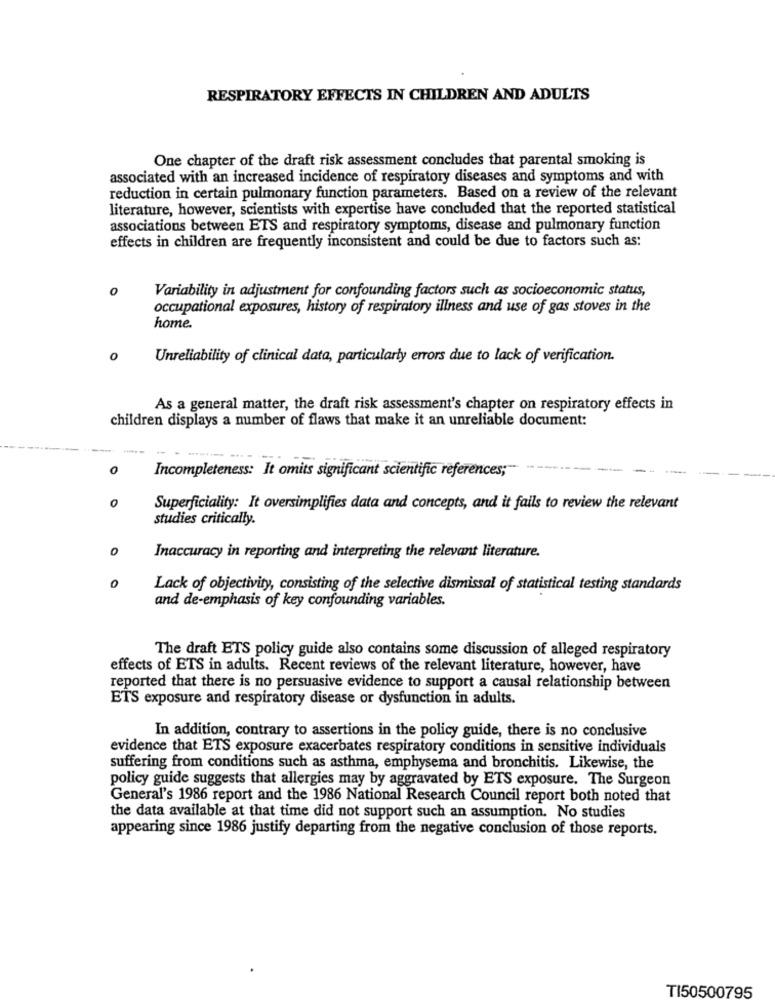
RESPIRATORY EFFECTS IN CHILDREN AND ADULTS
One chapter of the draft risk assessment concludes that parental smoking is
associated with an increased incidence of respiratory diseases and symptoms and with
reduction in certain pulmonary function parameters. Based on a review of the relevant
literature, however, scientists with expertise have concluded that the reported statistical
associations between ETS and respiratory symptoms, disease and pulmonary function
effects in children are frequently inconsistent and could be due to factors such as:
0
Variability in adjustment for confounding factors such as socioeconomic status,
occupational exposures, history of respiratory illness and use of gas stoves in the
home.
0
Unreliability of clinical data, particularly errors due to lack of verification.
As a general matter, the draft risk assessment's chapter on respiratory effects in
children displays a number of flaws that make it an unreliable document:
0
Incompleteness: It omits significant scientific references;
0
Superficiality: It oversimplifies data and concepts, and it fails to review the relevant
studies critically.
0
Inaccuracy in reporting and interpreting the relevant literature.
0
Lack of objectivity, consisting of the selective dismissal of statistical testing standards
and de-emphasis of key confounding variables.
The draft ETS policy guide also contains some discussion of alleged respiratory
effects of ETS in adults. Recent reviews of the relevant literature, however, have
reported that there is no persuasive evidence to support a causal relationship between
ETS exposure and respiratory disease or dysfunction in adults.
In addition, contrary to assertions in the policy guide, there is no conclusive
evidence that ETS exposure exacerbates respiratory conditions in sensitive individuals
suffering from conditions such as asthma, emphysema and bronchitis. Likewise, the
policy guide suggests that allergies may by aggravated by ETS exposure. The Surgeon
General's 1986 report and the 1986 National Research Council report both noted that
the data available at that time did not support such an assumption. No studies
appearing since 1986 justify departing from the negative conclusion of those reports.
TI50500795